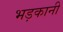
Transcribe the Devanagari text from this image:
भड़कानी